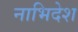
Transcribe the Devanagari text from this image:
नाभिदेश